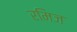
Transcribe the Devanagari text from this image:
रमिज